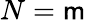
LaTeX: N=\mathsf{m}